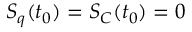
S _ { q } ( t _ { 0 } ) = S _ { C } ( t _ { 0 } ) = 0